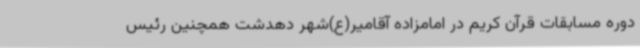
دوره مسابقات قرآن کریم در امامزاده آقامیر(ع)شهر دهدشت همچنین رئیس